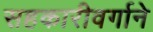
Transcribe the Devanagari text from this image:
सहकारीवर्गाने